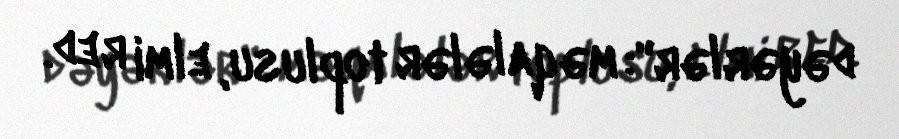
dəyərlər": məqalələr toplusu, elmi red.